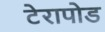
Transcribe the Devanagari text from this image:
टेरापोड